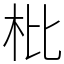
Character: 枇